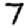
Digit: 7